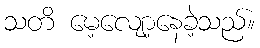
သတိ မေ့လျော့နေခဲ့သည်။